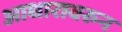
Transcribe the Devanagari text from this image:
आधारावरुन